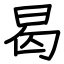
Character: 曷